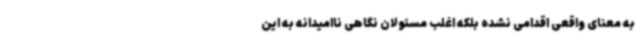
به معنای واقعی اقدامی نشده بلکه اغلب مسئولان نگاهی ناامیدانه به این